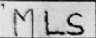
Transcription: MLS